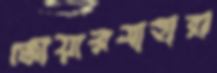
জোয়ারসাহারা